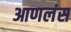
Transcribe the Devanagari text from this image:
आणलंस